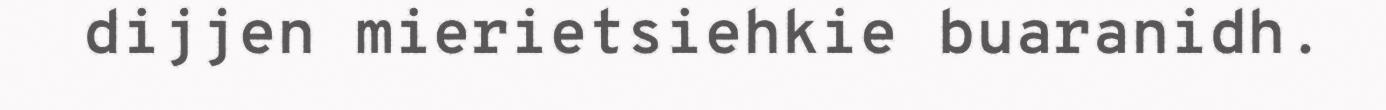
dijjen mierietsiehkie buaranidh.